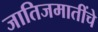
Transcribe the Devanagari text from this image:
जातिजमातींचे